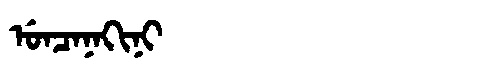
Manchu: ᡠᠨᠴᠠᠨᠠᡴᡳᠨᡳ
Romanization: UNCANAKINI